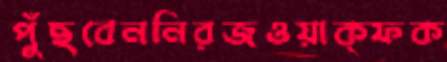
পুঁছবেননিরজওয়াক্ফক